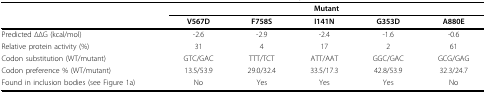
<table><thead><tr><td></td><td colspan="5"><b>Mutant</b></td></tr><tr><td></td><td><b>V567D</b></td><td><b>F758S</b></td><td><b>I141N</b></td><td><b>G353D</b></td><td><b>A880E</b></td></tr></thead><tbody><tr><td>Predicted ΔΔG (kcal/mol)</td><td>-2.6</td><td>-2.9</td><td>-2.4</td><td>-1.6</td><td>-0.6</td></tr><tr><td>Relative protein activity (%)</td><td>31</td><td>4</td><td>17</td><td>2</td><td>61</td></tr><tr><td>Codon substitution (WT/mutant)</td><td>GTC/GAC</td><td>TTT/TCT</td><td>ATT/AAT</td><td>GGC/GAC</td><td>GCG/GAG</td></tr><tr><td>Codon preference % (WT/mutant)</td><td>13.5/53.9</td><td>29.0/32.4</td><td>33.5/17.3</td><td>42.8/53.9</td><td>32.3/24.7</td></tr><tr><td>Found in inclusion bodies (see Figure 1a)</td><td>No</td><td>Yes</td><td>Yes</td><td>Yes</td><td>No</td></tr></tbody></table>